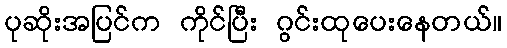
ပုဆိုးအပြင်က ကိုင်ပြီး ဂွင်းထုပေးနေတယ်။